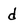
Character: d